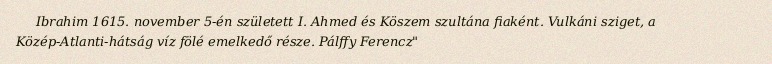
Ibrahim 1615. november 5-én született I. Ahmed és Köszem szultána fiaként. Vulkáni sziget, a Közép-Atlanti-hátság víz fölé emelkedő része. Pálffy Ferencz"